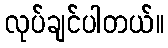
လုပ်ချင်ပါတယ်။